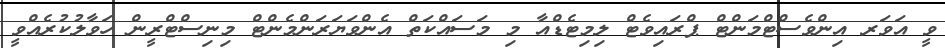
ވީ އަވަރ އިންވެސްޓްމަންޓް ޕްރައިވެޓް ލިމިޓެޑްއާ މި މަސައްކަތް އެންވަޔަރަންމެންޓް މިނިސްޓްރީން ހަވާލުކުރެއްވީ